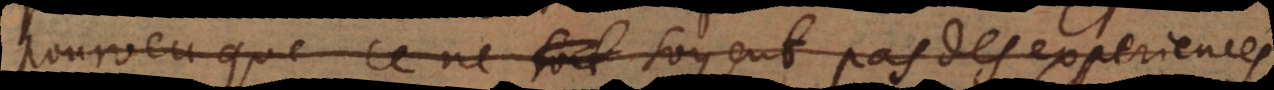
pourveu que ce ne soyent pas des experiences